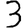
Digit: 3